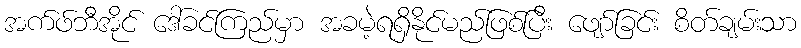
အက်ဖ်ဘီအိုင် ဒေါ်ခင်ကြည်မှာ အခမဲ့ရရှိနိုင်မည်ဖြစ်ပြီး ဖျော်ခြင်း စိတ်ချမ်းသာ